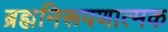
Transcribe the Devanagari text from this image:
ब्रह्मनिरूपणात्मक